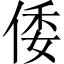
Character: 倭